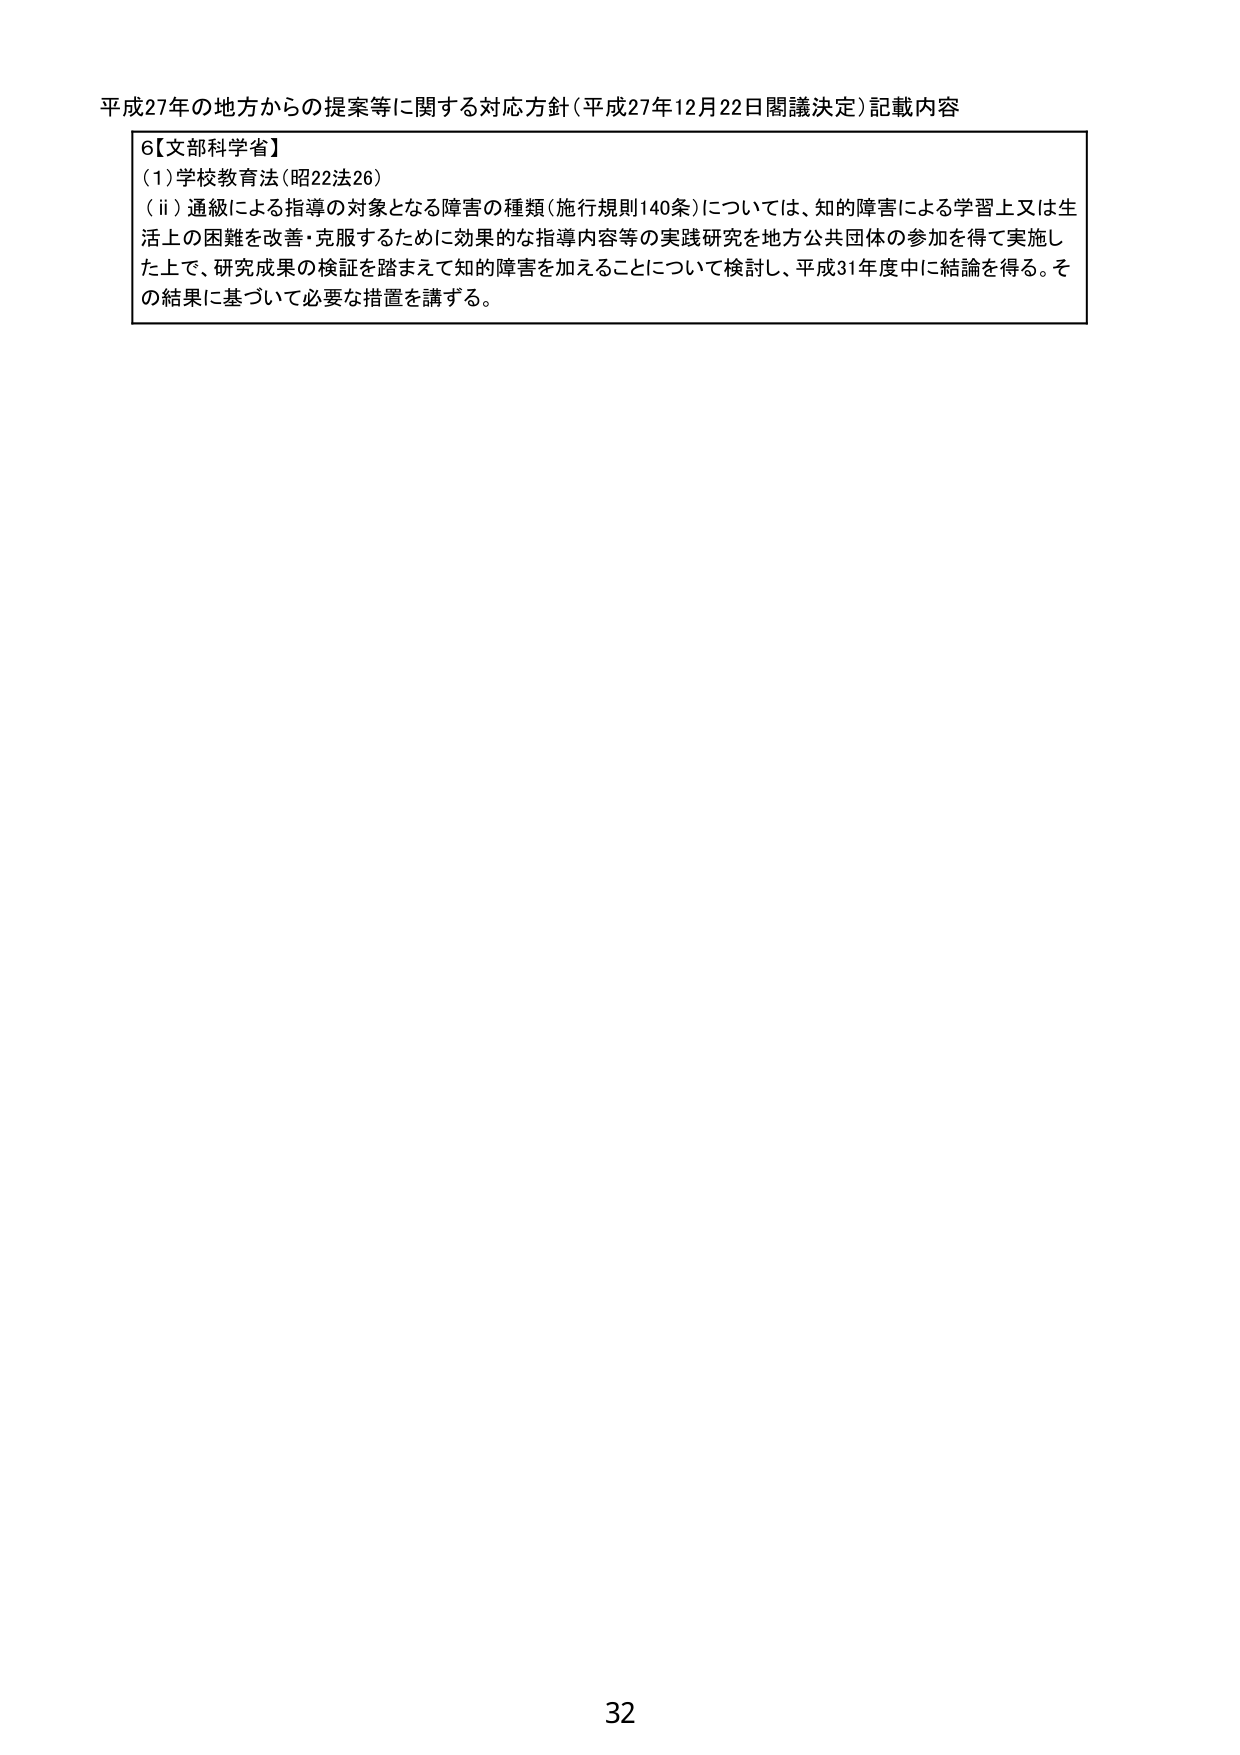
平成27年の地方からの提案等に関する対応方針（平成27年12月22日閣議決定）記載内容

6【文部科学省】
(1)学校教育法（昭22法26）
（ⅱ）通級による指導の対象となる障害の種類（施行規則140条）については、知的障害による学習上又は生活上の困難を改善・克服するために効果的な指導内容等の実践研究を地方公共団体の参加を得て実施した上で、研究成果の検証を踏まえて知的障害を加えることについて検討し、平成31年度中に結論を得る。その結果に基づいて必要な措置を講ずる。

32